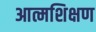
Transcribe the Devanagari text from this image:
आत्मशिक्षण